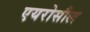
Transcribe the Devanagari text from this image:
एयरोसौल